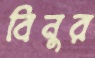
বিনুর